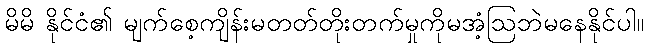
မိမိ နိုင်ငံ၏ မျက်စေ့ကျိန်းမတတ်တိုးတက်မှုကိုမအံ့ဩဘဲမနေနိုင်ပါ။